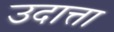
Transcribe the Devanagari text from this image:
उदात्ता